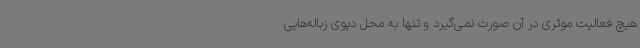
هیچ فعالیت موثری در آن صورت نمی‌گیرد و تنها به محل دپوی زباله‌هایی